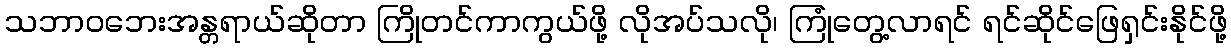
သဘာဝဘေးအန္တရာယ်ဆိုတာ ကြိုတင်ကာကွယ်ဖို့ လိုအပ်သလို၊ ကြုံတွေ့လာရင် ရင်ဆိုင်ဖြေရှင်းနိုင်ဖို့